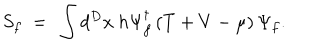
LaTeX: S _ { f } ~ = ~ \int d ^ { D } x ~ h \Psi _ { f } ^ { \dagger } \left( T + V - \mu \right) \Psi _ { f } .